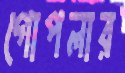
গোপলার